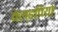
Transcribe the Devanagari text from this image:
वेल्हपियो